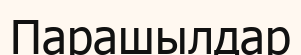
Парашылдар